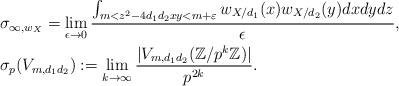
LaTeX: \begin{align*} &\sigma_{\infty,w_X}=\lim_{\epsilon \to 0} \frac{\int_{ m<z^2-4d_1d_2xy<m+\varepsilon} w_{X/d_1}(x)w_{X/d_2}(y) dx dy dz}{\epsilon},\\&\sigma_p(V_{m,d_1d_2}):=\lim_{k\to \infty}\frac{|V_{m,d_1d_2}(\mathbb{Z}/p^k\mathbb{Z})|}{p^{2k}}.\end{align*}